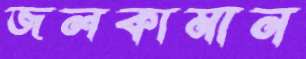
জলকামান